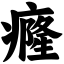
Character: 癃